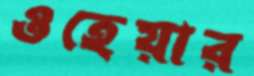
ওহেয়ার